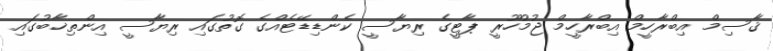
ޤާސިމް އިބްރާހީމް އިބްރާހީމް ޖުމުހޫރީ ޕާޓީގެ ރިޔާސީ ކެންޑިޑޭޓެއްގެ ގޮތުގައި ރިޔާސީ އިންތިޚާބުގައި